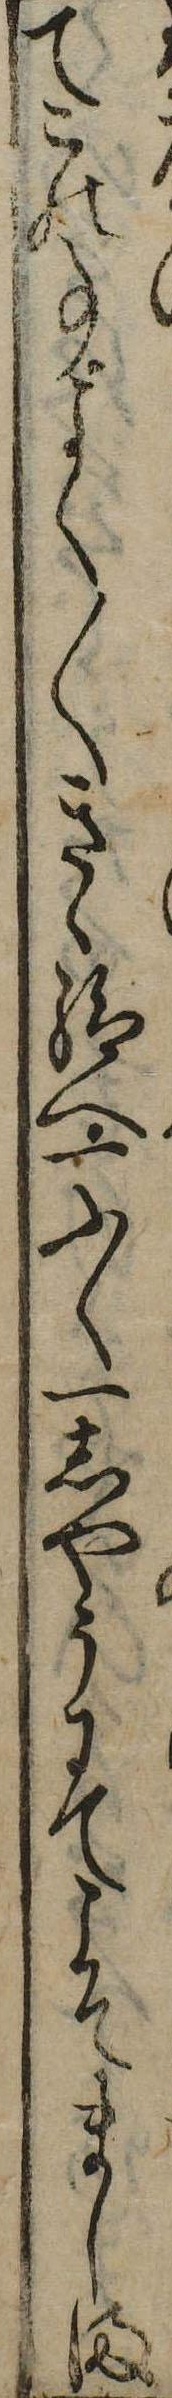
てこの事よく〱きゝ給へ一ふく一しやうにてこそましま